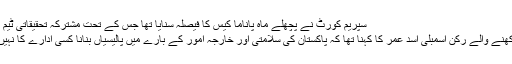
سپریم کورٹ نے پچھلے ماہ پاناما کیس کا فیصلہ سنایا تھا جس کے تحت مشترکہ تحقیقاتی ٹیم کے قیام کا حکم دیا گیا تھا
پی ٹی آئی سے ہی تعلق رکھنے والے رکن اسمبلی اسد عمر کا کہنا تھا کہ پاکستان کی سلامتی اور خارجہ امور کے بارے میں پالیسیاں بنانا کسی ادارے کا نہیں بلکہ پارلیمنٹ کا کام ہے۔